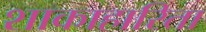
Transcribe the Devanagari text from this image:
शाकाहारिता